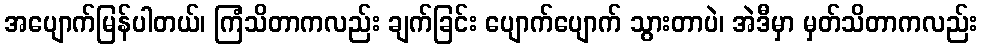
အပျောက်မြန်ပါတယ်၊ ကြံသိတာကလည်း ချက်ခြင်း ပျောက်ပျောက် သွားတာပဲ၊ အဲဒီမှာ မှတ်သိတာကလည်း